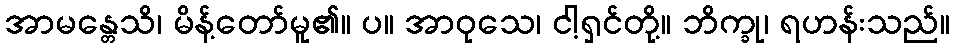
အာမန္တေသိ၊ မိန့်တော်မူ၏။ ပ။ အာဝုသေ၊ ငါ့ရှင်တို့။ ဘိက္ခု၊ ရဟန်းသည်။